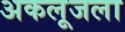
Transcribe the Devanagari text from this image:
अकलूजला